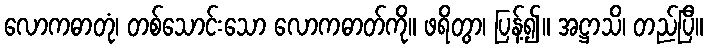
လောကဓာတုံ၊ တစ်သောင်းသော လောကဓာတ်ကို။ ဖရိတွာ၊ ပြန့်၍။ အဋ္ဌာသိ၊ တည်ပြီ။